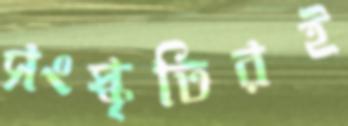
সংস্কৃতিরই